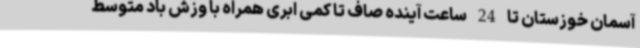
آسمان خوزستان تا 24 ساعت آینده صاف تا کمی ابری همراه با وزش باد متوسط